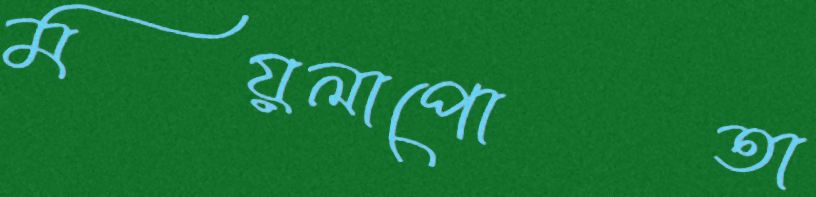
ময়লাপোতা